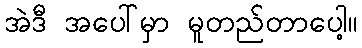
အဲဒီ အပေါ်မှာ မူတည်တာပေါ့။